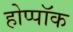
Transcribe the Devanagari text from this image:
होप्पॉक